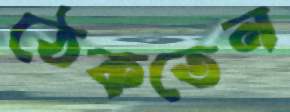
ঠেকতেন